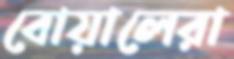
বোয়ালেরা